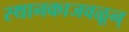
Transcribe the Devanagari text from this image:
स्थानकाजवळून्